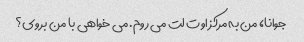
جوانا، من به مرکز اوت لت می روم. می خواهی با من بروی؟